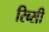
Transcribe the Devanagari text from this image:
रिब्सी